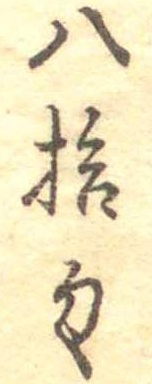
八拾匁